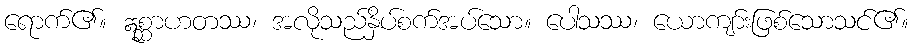
ရောက်၏။ ဣစ္ဆာဟတဿ၊ အလိုသည်နှိပ်စက်အပ်သော။ ပေါသဿ၊ ယောကျာ်းဖြစ်သောသင်၏။